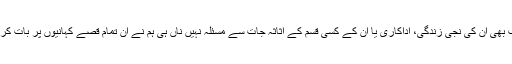
ہمیں اب بھی ان کی نجی زندگی، اداکاری یا ان کے کسی قسم کے اثاثہ جات سے مسئلہ نہیں ناں ہی ہم نے ان تمام قصے کہانیوں پر بات کرنی ہے۔